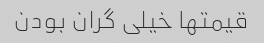
قیمتها خیلی گران بودن